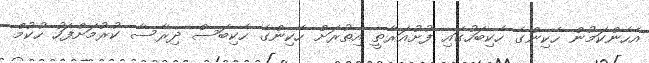
އެހެންކަމުން ހެކިންގެ ހެކިބަހުގައި ފުށުއަރާތީ އިތުރަށް ހެކިންގެ ހެކިބަސް ދިރާސާ ކުރުމަށްފަހު ހުކުމް